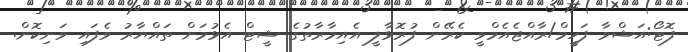
ފޮޓޯ:އަޝްވާ ފަހީމް/ރާއްޖެއެމްވީ ކެރޭން ފުރޮޅާލީ އެއިމާރާތުގެ ޝީޓް އެޅުމަށް ތައްޔާރު ވެފައި ވަނިކޮށް.